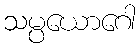
သမ္ပယောဂေါ